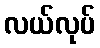
လယ်လုပ်